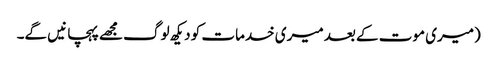
(میری موت کے بعد میری خدمات کو دیکھ لوگ مجھے پہچانیں گے۔